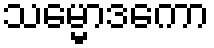
သမ္မောဒကော